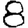
Digit: 8